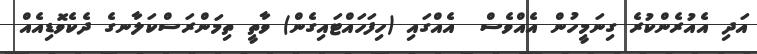
އަދި އެއުރެންކުރެ ގިނަމީހުން އެއްވެސް  އެއްގައި (ހިފަހައްޓައިގެން) ވާތީ ތިމަންރަސްކަލާނގެ ދެކެވޮޑިއެއް